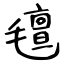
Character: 氊